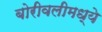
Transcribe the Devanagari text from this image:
बोरीवलीमध्ये